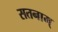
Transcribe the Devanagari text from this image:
सतनाम्